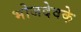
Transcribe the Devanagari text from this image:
भोजदेवके